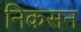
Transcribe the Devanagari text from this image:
निकसन